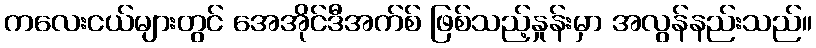
ကလေးငယ်များတွင် အေအိုင်ဒီအက်စ် ဖြစ်သည့်နှုန်းမှာ အလွန်နည်းသည်။